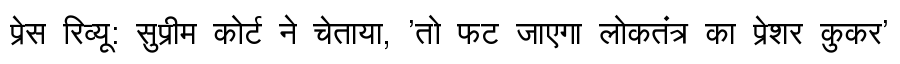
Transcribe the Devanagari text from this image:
प्रेस रिव्यू: सुप्रीम कोर्ट ने चेताया, 'तो फट जाएगा लोकतंत्र का प्रेशर कुकर'